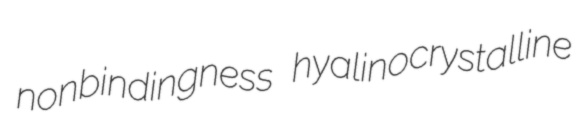
nonbindingness hyalinocrystalline